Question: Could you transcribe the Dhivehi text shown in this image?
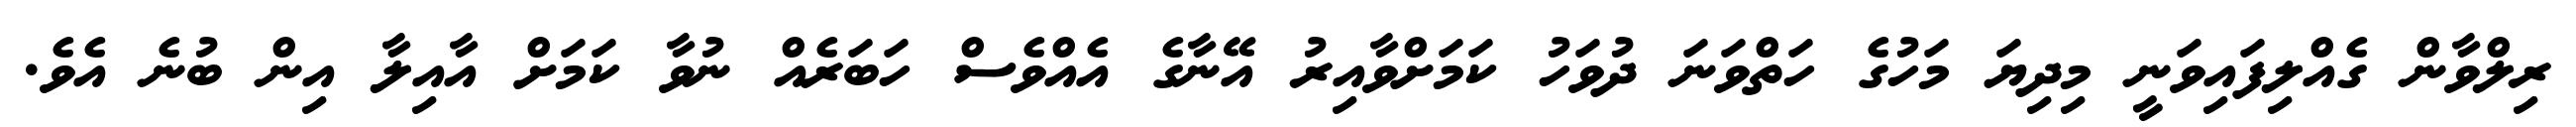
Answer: ރިލްވާން ގެއްލިފައިވަނީ މިދިޔަ މަހުގެ ހަތްވަނަ ދުވަހު ކަމަށްވާއިރު އޭނާގެ އެއްވެސް ހަބަރެއް ނުވާ ކަމަށް އާއިލާ އިން ބުނެ އެވެ.